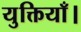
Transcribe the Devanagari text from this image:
युक्तियाँ।